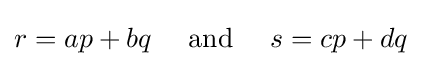
r=ap+bq\quad {\mbox{ and }}\quad s=cp+dq